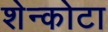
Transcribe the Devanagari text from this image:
शेन्कोटा